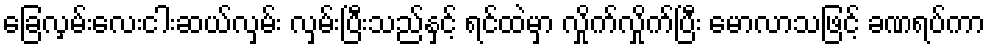
ခြေလှမ်းလေးငါးဆယ်လှမ်း လှမ်းပြီးသည်နှင့် ရင်ထဲမှာ လှိုက်လှိုက်ပြီး မောလာသဖြင့် ခဏရပ်ကာ